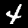
Digit: 4